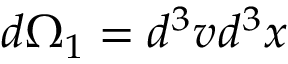
d \Omega _ { 1 } = d ^ { 3 } v _ { } d ^ { 3 } x _ { }